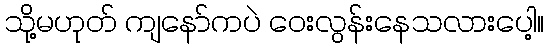
သို့မဟုတ် ကျနော်ကပဲ ဝေးလွန်းနေသလားပေါ့။